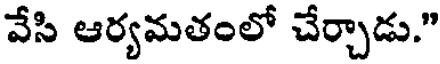
వేసి ఆర్యమతంలో చేర్చాడు."